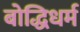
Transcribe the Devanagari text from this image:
बोद्धिधर्म